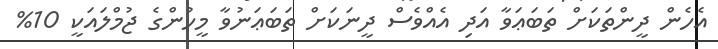
އެހެން ދީންތަކަށް ތަބަޢަވާ އަދި އެއްވެސް ދީނަކަށް ތަބަޢަނުވާ މީހުންގެ ޖުމްލައަކީ 10%